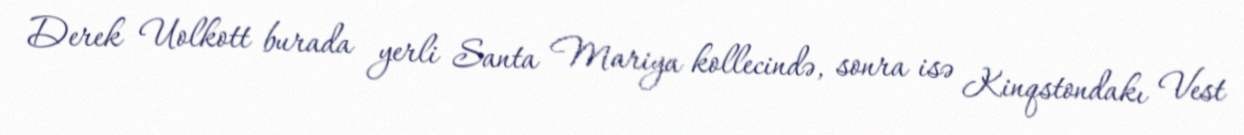
Derek Uolkott burada yerli Santa Mariya kollecində, sonra isə Kinqstondakı Vest